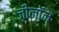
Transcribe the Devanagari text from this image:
ज़ीनॉन